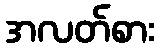
အလတ်စား